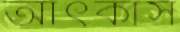
আঁৎকাস